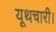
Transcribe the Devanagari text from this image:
यूथचारी।